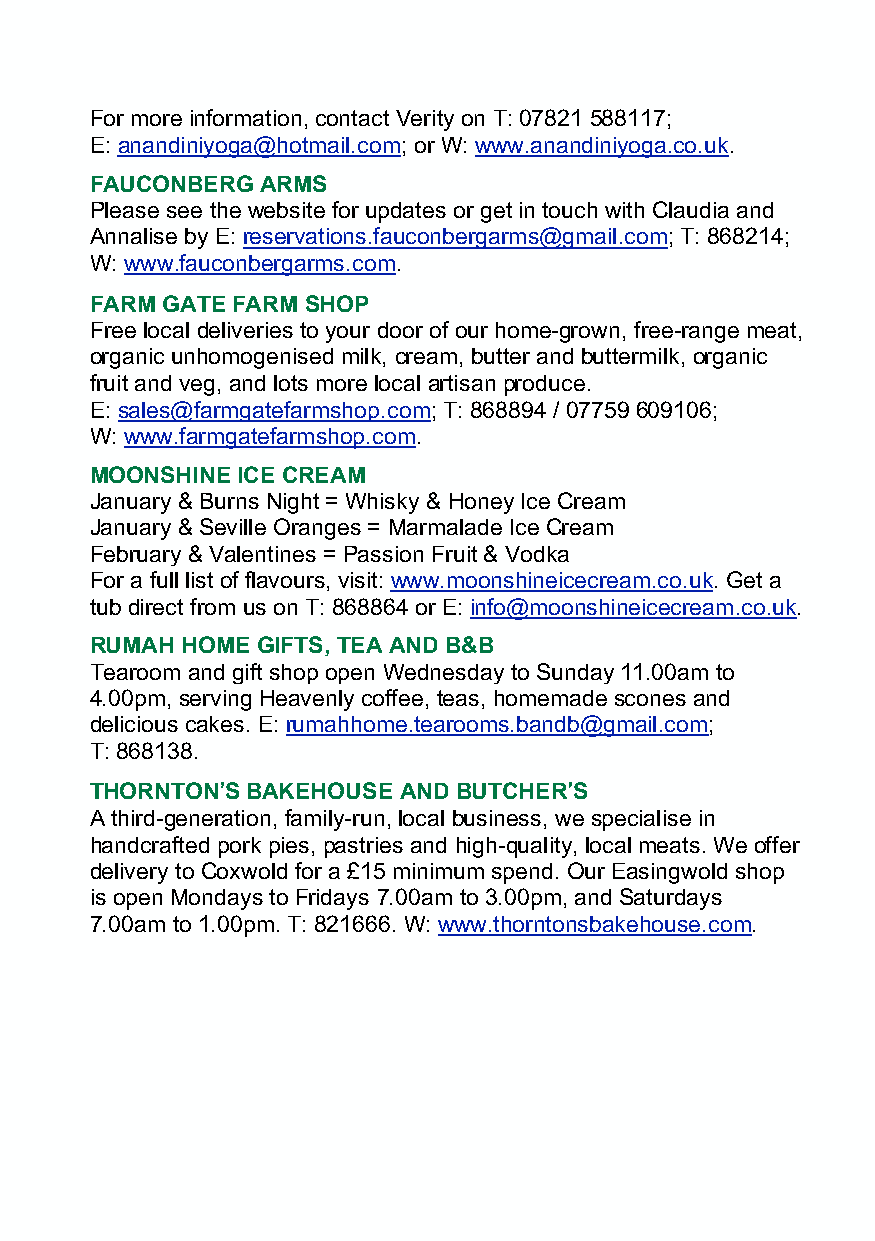
For more information, contact Verity on T: 07821 588117;
 E: anandiniyoga@hotmail.com; or W: www.anandiniyoga.co.uk.
 FAUCONBERG ARMS
 Please see the website for updates or get in touch with Claudia and
 Annalise by E: reservations.fauconbergarms@gmail.com; T: 868214;
 W: www.fauconbergarms.com.
 FARM GATE FARM SHOP
 Free local deliveries to your door of our home-grown, free-range meat,
 organic unhomogenised milk, cream, butter and buttermilk, organic
 fruit and veg, and lots more local artisan produce.
 E: sales@farmgatefarmshop.com; T: 868894 / 07759 609106;
 W: www.farmgatefarmshop.com.
 MOONSHINE ICE CREAM
 January & Burns Night = Whisky & Honey Ice Cream
 January & Seville Oranges = Marmalade Ice Cream
 February & Valentines = Passion Fruit & Vodka
 For a full list of flavours, visit: www.moonshineicecream.co.uk. Get a
 tub direct from us on T: 868864 or E: info@moonshineicecream.co.uk.
 RUMAH HOME GIFTS, TEA AND B&B
 Tearoom and gift shop open Wednesday to Sunday 11.00am to
 4.00pm, serving Heavenly coffee, teas, homemade scones and
 delicious cakes. E: rumahhome.tearooms.bandb@gmail.com;
 T: 868138.
 THORNTON!S BAKEHOUSE AND BUTCHER!S
 A third-generation, family-run, local business, we specialise in
 handcrafted pork pies, pastries and high-quality, local meats. We offer
 delivery to Coxwold for a £15 minimum spend. Our Easingwold shop
 is open Mondays to Fridays 7.00am to 3.00pm, and Saturdays
 7.00am to 1.00pm. T: 821666. W: www.thorntonsbakehouse.com.